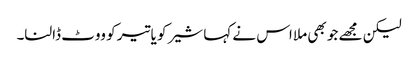
لیکن مجھے جو بھی ملا اس نے کہا شیر کو یا تیر کو ووٹ ڈالنا۔